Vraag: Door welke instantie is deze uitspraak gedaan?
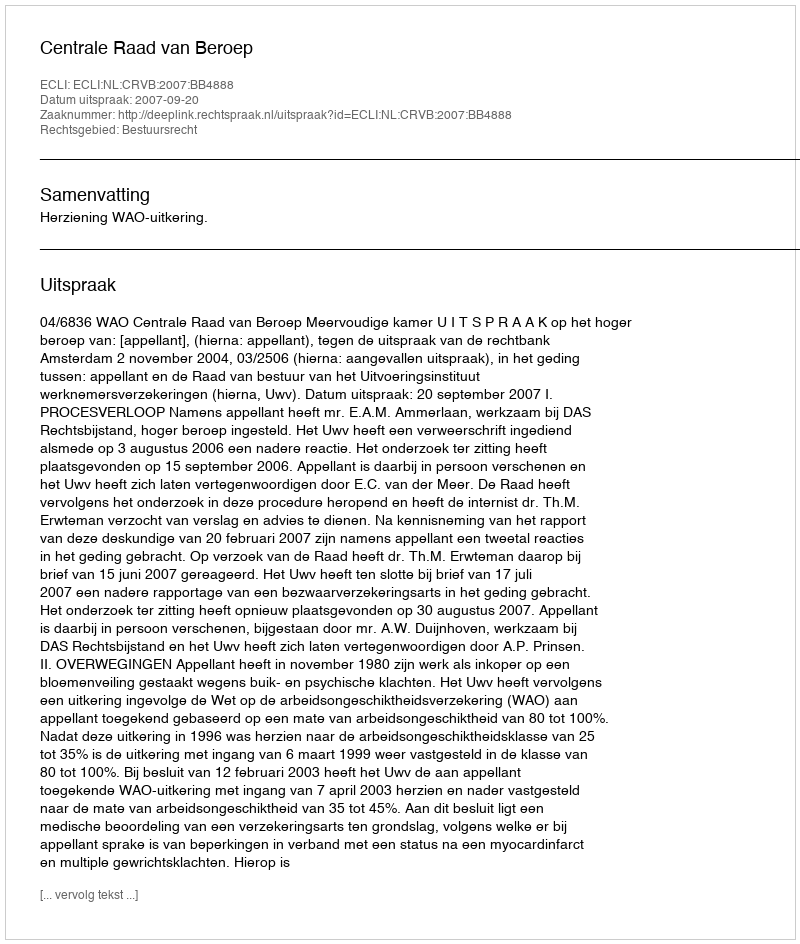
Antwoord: Centrale Raad van Beroep